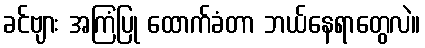
ခင်ဗျား အကြံပြု ထောက်ခံတာ ဘယ်နေရာတွေလဲ။